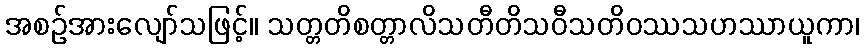
အစဉ်အားလျော်သဖြင့်။ သတ္တတိစတ္တာလိသတီတိသဝီသတိဝဿသဟဿာယူကာ၊